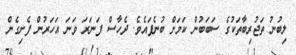
ލިބުނު ތަޖުރިބާތަކުގެ ސަބަބުން ކަމަށް ބުނެފައެވެ. ދެހާސް ފަނަރަ ވަނަ އަހަރުން ފެށިގެން